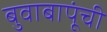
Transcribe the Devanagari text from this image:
बुवाबापूंची